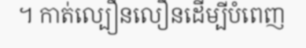
។ កាត់ល្បឿនលឿនដើម្បីបំពេញ